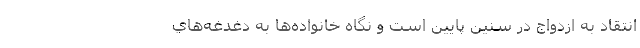
انتقاد به ازدواج در سنين پايين است و نگاه خانواده‌ها به دغدغه‌هاي